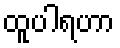
ထူပါရဟာ